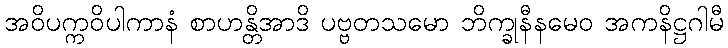
အဝိပက္ကဝိပါကာနံ စာဟန္တိအာဒိ ပဗ္ဗတသမော ဘိက္ခုနီနမေဝ အကနိဋ္ဌဂါမီ